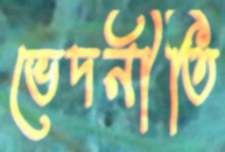
ভেদনীতি